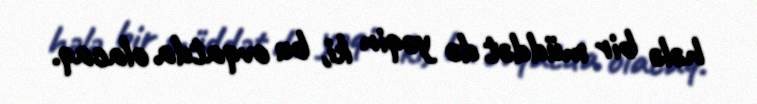
hələ bir müddət də yəqin ki, bu ovqatda olacaq.